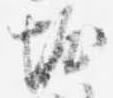
堀